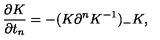
\frac { \partial K } { \partial t _ { n } } = - ( K \partial ^ { n } K ^ { - 1 } ) _ { - } K ,